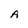
Character: A